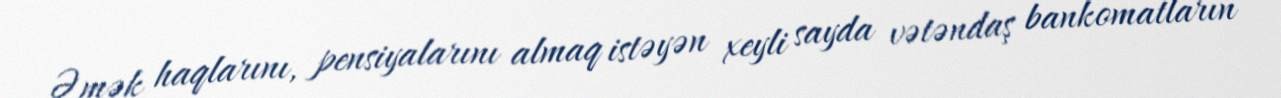
Əmək haqlarını, pensiyalarını almaq istəyən xeyli sayda vətəndaş bankomatların